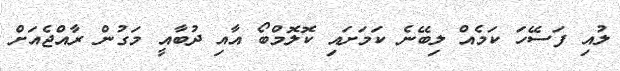
ލުއި ފަސޭހަ ކަމެއް ލިބޭނެ ކަމަށައި ކޮލޮމްބޯ އާއި ދުބާއީ މަގުން ރާއްޖެއަށް